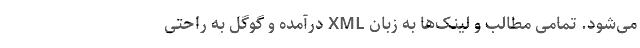
می‌شود. تمامی مطالب و لینک‌ها به زبان XML درآمده و گوگل به راحتی